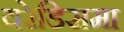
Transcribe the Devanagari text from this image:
यरेडिसमा